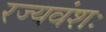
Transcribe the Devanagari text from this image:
रज्यवंशः